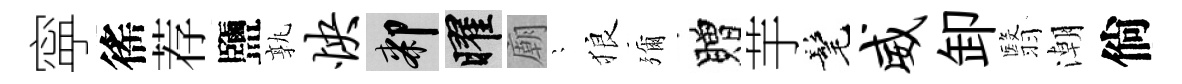
寜徭荐鹽孰怏膝曜廟隠狼彌贈芋髦威卸翳潮倘